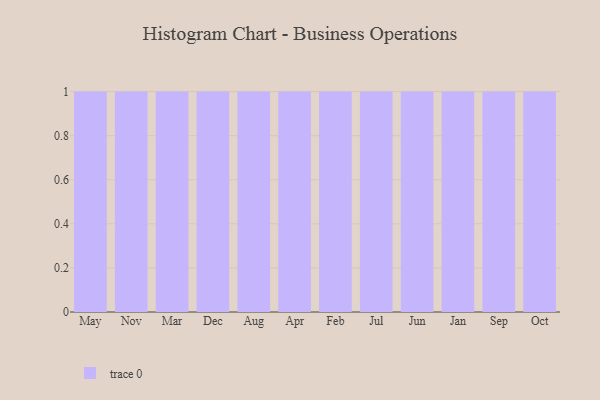
{"axis": {"x": "Month", "y": "Temperature (°C)"}, "legend": [""], "data": [{"x": "May", "y": 64, "type": ""}, {"x": "Nov", "y": 29, "type": ""}, {"x": "Mar", "y": 14, "type": ""}, {"x": "Dec", "y": 97, "type": ""}, {"x": "Aug", "y": 19, "type": ""}, {"x": "Apr", "y": 90, "type": ""}, {"x": "Feb", "y": 31, "type": ""}, {"x": "Jul", "y": 14, "type": ""}, {"x": "Jun", "y": 9, "type": ""}, {"x": "Jan", "y": 77, "type": ""}, {"x": "Sep", "y": 70, "type": ""}, {"x": "Oct", "y": 51, "type": ""}]}